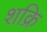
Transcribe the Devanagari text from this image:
शक्रि